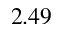
2 . 4 9